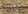
بعدي